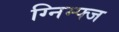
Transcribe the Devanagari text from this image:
ग्निम्फ्ज